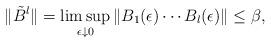
LaTeX: \begin{align*}\|\tilde{B}^{l}\| = \limsup_{\epsilon\downarrow 0}\| B_1(\epsilon)\cdots B_l(\epsilon) \| \le \beta,\end{align*}